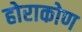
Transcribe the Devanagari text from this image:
होराकोण